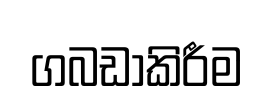
ගබඩාකිරීම